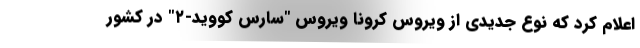
اعلام کرد که نوع جدیدی از ویروس کرونا ویروس "سارس کووید-۲" در کشور